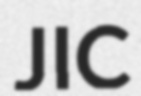
JIC